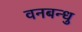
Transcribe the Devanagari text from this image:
वनबन्धु